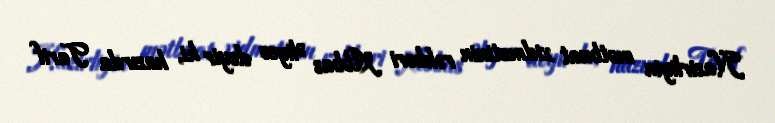
Nazirliyin mətbuat xidmətinin rəhbəri Abbas Əliyev deyir ki, hazırda Tarif